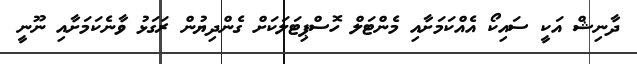
ދާނިޝް އަކީ ސައިކޯ އެއްކަމަށާއި މެންޓަލް ހޮސްޕިޓަލަކަށް ގެންދިޔުން ރަގަޅު ވާނެކަމަށާއި ނޫނީ